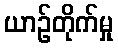
ယာဉ်တိုက်မှု